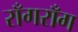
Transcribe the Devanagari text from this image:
राँगराँग